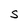
Character: S